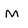
Character: M